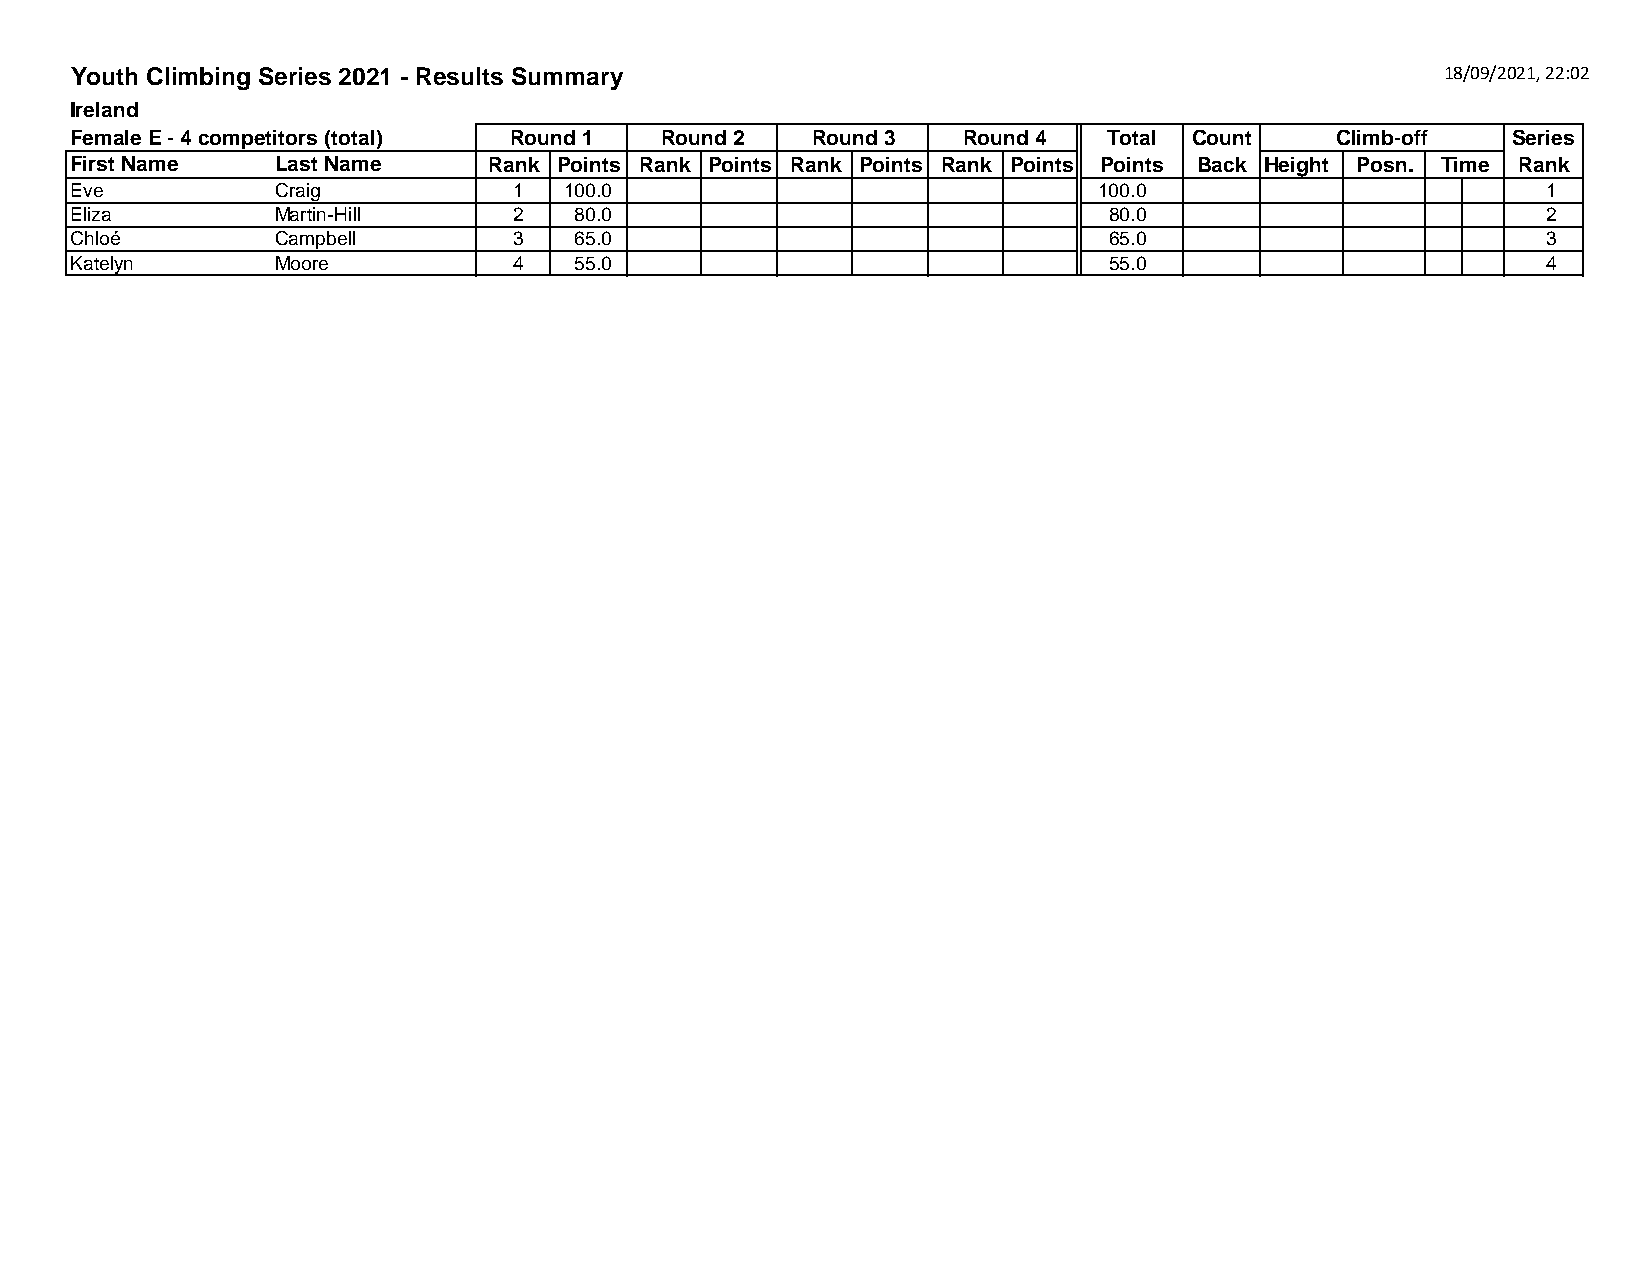
Youth Climbing Series 2021 - Results Summary                                               18/09/2021, 22:02
 Ireland
 Female E - 4 competitors (total) Round 1 Round 2 Round 3   Round 4  Total Count    Climb-off   Series
 First Name   Last Name     Rank Points Rank Points Rank Points Rank Points Points Back Height Posn. Time Rank
 Eve          Craig           1  100.0                               100.0                        1
 Eliza        Martin-Hill     2   80.0                               80.0                         2
 Chloé       Campbell        3   65.0                               65.0                         3
 Katelyn      Moore           4   55.0                               55.0                         4